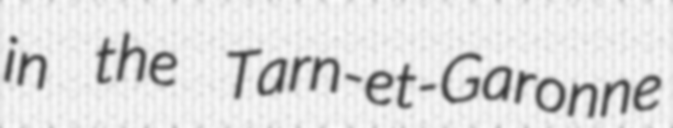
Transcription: in the Tarn-et-Garonne